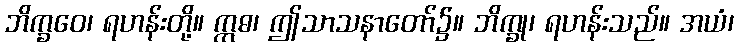
ဘိက္ခဝေ၊ ရဟန်းတို့။ ဣဓ၊ ဤသာသနာတော်၌။ ဘိက္ခု၊ ရဟန်းသည်။ အယံ၊